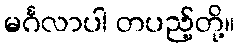
မင်္ဂလာပါ တပည့်တို့။